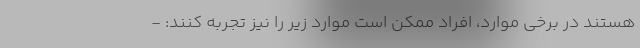
هستند در برخی موارد، افراد ممکن است موارد زیر را نیز تجربه کنند: -